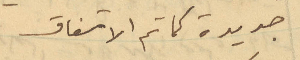
جديدة كما تم الاتفاق